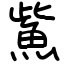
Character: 鮆